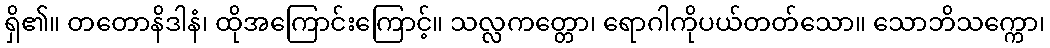
ရှိ၏။ တတောနိဒါနံ၊ ထိုအကြောင်းကြောင့်။ သလ္လကတ္တော၊ ရောဂါကိုပယ်တတ်သော။ သောဘိသက္ကော၊